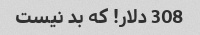
308 دلار! که بد نیست